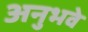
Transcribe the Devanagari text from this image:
अनुभवे